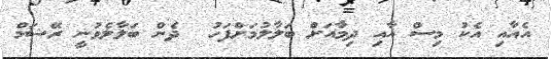
އެއާއި އެކު މިސް އާއި ދިމާއަށް ބަލާލުމަށްފަހު  ދެން ބަލާލެވުނީ ރޭޝަމް